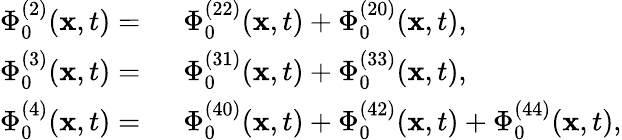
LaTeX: \begin{array}{rl}{\Phi_{0}^{(2)}(\mathbf{x},t)=~}&{\Phi_{0}^{(22)}(\mathbf{x},t)+\Phi_{0}^{(20)}(\mathbf{x},t),}\\ {\Phi_{0}^{(3)}(\mathbf{x},t)=~}&{\Phi_{0}^{(31)}(\mathbf{x},t)+\Phi_{0}^{(33)}(\mathbf{x},t),}\\ {\Phi_{0}^{(4)}(\mathbf{x},t)=~}&{\Phi_{0}^{(40)}(\mathbf{x},t)+\Phi_{0}^{(42)}(\mathbf{x},t)+\Phi_{0}^{(44)}(\mathbf{x},t),}\end{array}